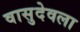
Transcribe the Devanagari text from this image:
वासुदेवला